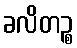
ခလိတဉ္စ